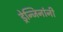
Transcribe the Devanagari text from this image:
ड्रेन्जिनांनी